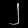
Digit: ၂